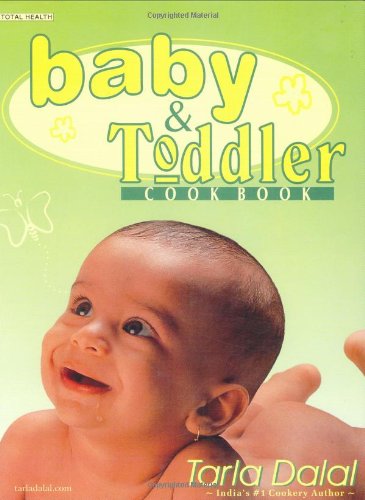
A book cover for Baby and Toddler Cookbook; Tarla Dalal; Parenting & Relationships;